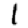
Digit: 1